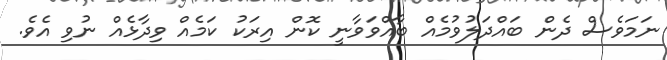
ނަމަވެސް ދެން ބައްދަލުވުމެއް ބާއްވަވާނީ ކޮން އިރަކު ކަމެއް ވިދާޅެއް ނުވި އެވެ.